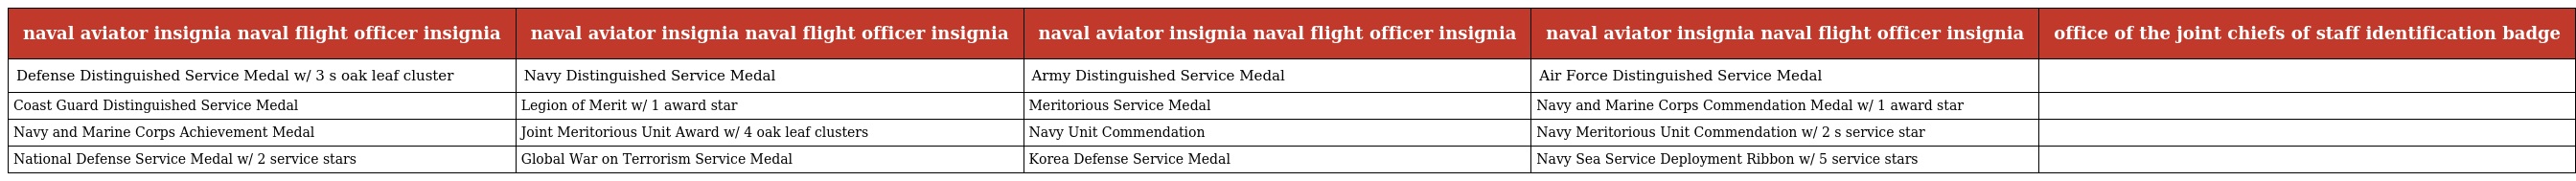
| naval aviator insignia naval flight officer insignia | naval aviator insignia naval flight officer insignia | naval aviator insignia naval flight officer insignia | naval aviator insignia naval flight officer insignia | office of the joint chiefs of staff identification badge |
 | --- | --- | --- | --- | --- |
 | Defense Distinguished Service Medal w/ 3 s oak leaf cluster | Navy Distinguished Service Medal | Army Distinguished Service Medal | Air Force Distinguished Service Medal |  |
 | Coast Guard Distinguished Service Medal | Legion of Merit w/ 1 award star | Meritorious Service Medal | Navy and Marine Corps Commendation Medal w/ 1 award star |  |
 | Navy and Marine Corps Achievement Medal | Joint Meritorious Unit Award w/ 4 oak leaf clusters | Navy Unit Commendation | Navy Meritorious Unit Commendation w/ 2 s service star |  |
 | National Defense Service Medal w/ 2 service stars | Global War on Terrorism Service Medal | Korea Defense Service Medal | Navy Sea Service Deployment Ribbon w/ 5 service stars |  |